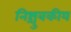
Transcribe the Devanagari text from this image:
निश्चुंबकीय